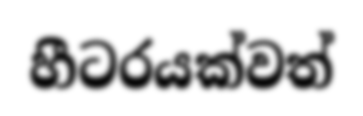
හීටරයක්වත්